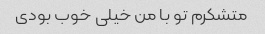
متشکرم تو با من خیلی خوب بودی